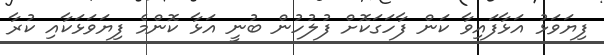
ފިޔަވަޅު އަޅާފައިވާ ކަން ފާހަގަކޮށް ފުލުހުން ބުނީ އަޅާ ކޮންމެ ފިޔަވަޅަކާއި ކުރާ